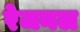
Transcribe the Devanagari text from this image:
रेजनल